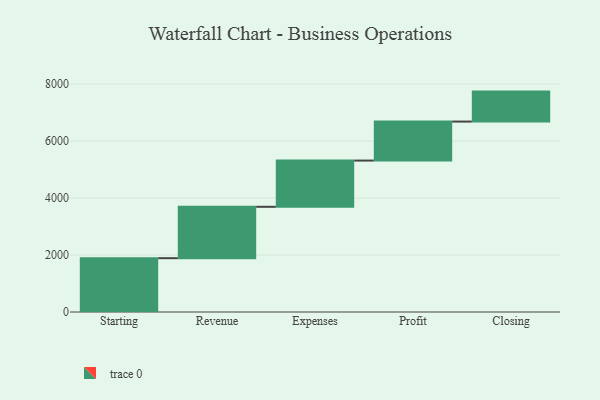
{"axis": {"x": "Step", "y": "Value"}, "legend": [""], "data": [{"x": "Starting", "y": 1889.0, "type": ""}, {"x": "Revenue", "y": 1804.0, "type": ""}, {"x": "Expenses", "y": 1623.0, "type": ""}, {"x": "Profit", "y": 1369.0, "type": ""}, {"x": "Closing", "y": 1052.0, "type": ""}]}